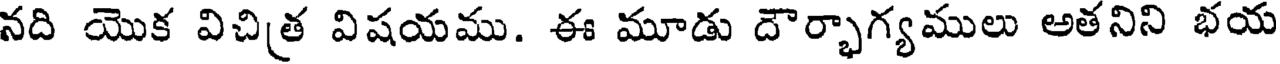
నది యొక విచిత్ర విషయము. ఈ మూడు దౌర్భాగ్యములు అతనిని భయ